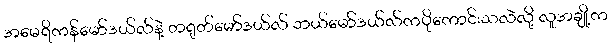
အမေရိကန်မော်ဒယ်လ်နဲ့ တရုတ်မော်ဒယ်လ် ဘယ်မော်ဒယ်လ်ကပိုကောင်းသလဲလို့ လူအချို့က